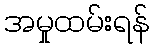
အမှုထမ်းရန်